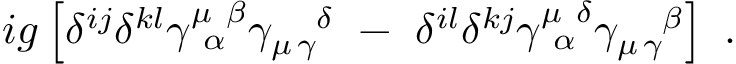
i g \left[ \delta ^ { i j } \delta ^ { k l } \gamma _ { ~ \alpha } ^ { \mu ~ \beta } \gamma _ { \mu \, \gamma } ^ { ~ ~ ~ \delta } ~ - ~ \delta ^ { i l } \delta ^ { k j } \gamma _ { ~ \alpha } ^ { \mu ~ \delta } \gamma _ { \mu \, \gamma } ^ { ~ ~ ~ \beta } \right] ~ .